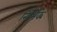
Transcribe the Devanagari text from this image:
निर्भिक